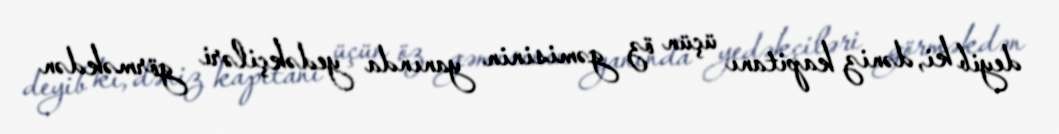
deyib ki, dəniz kapitanı üçün öz gəmisinin yanında yedəkçiləri görməkdən